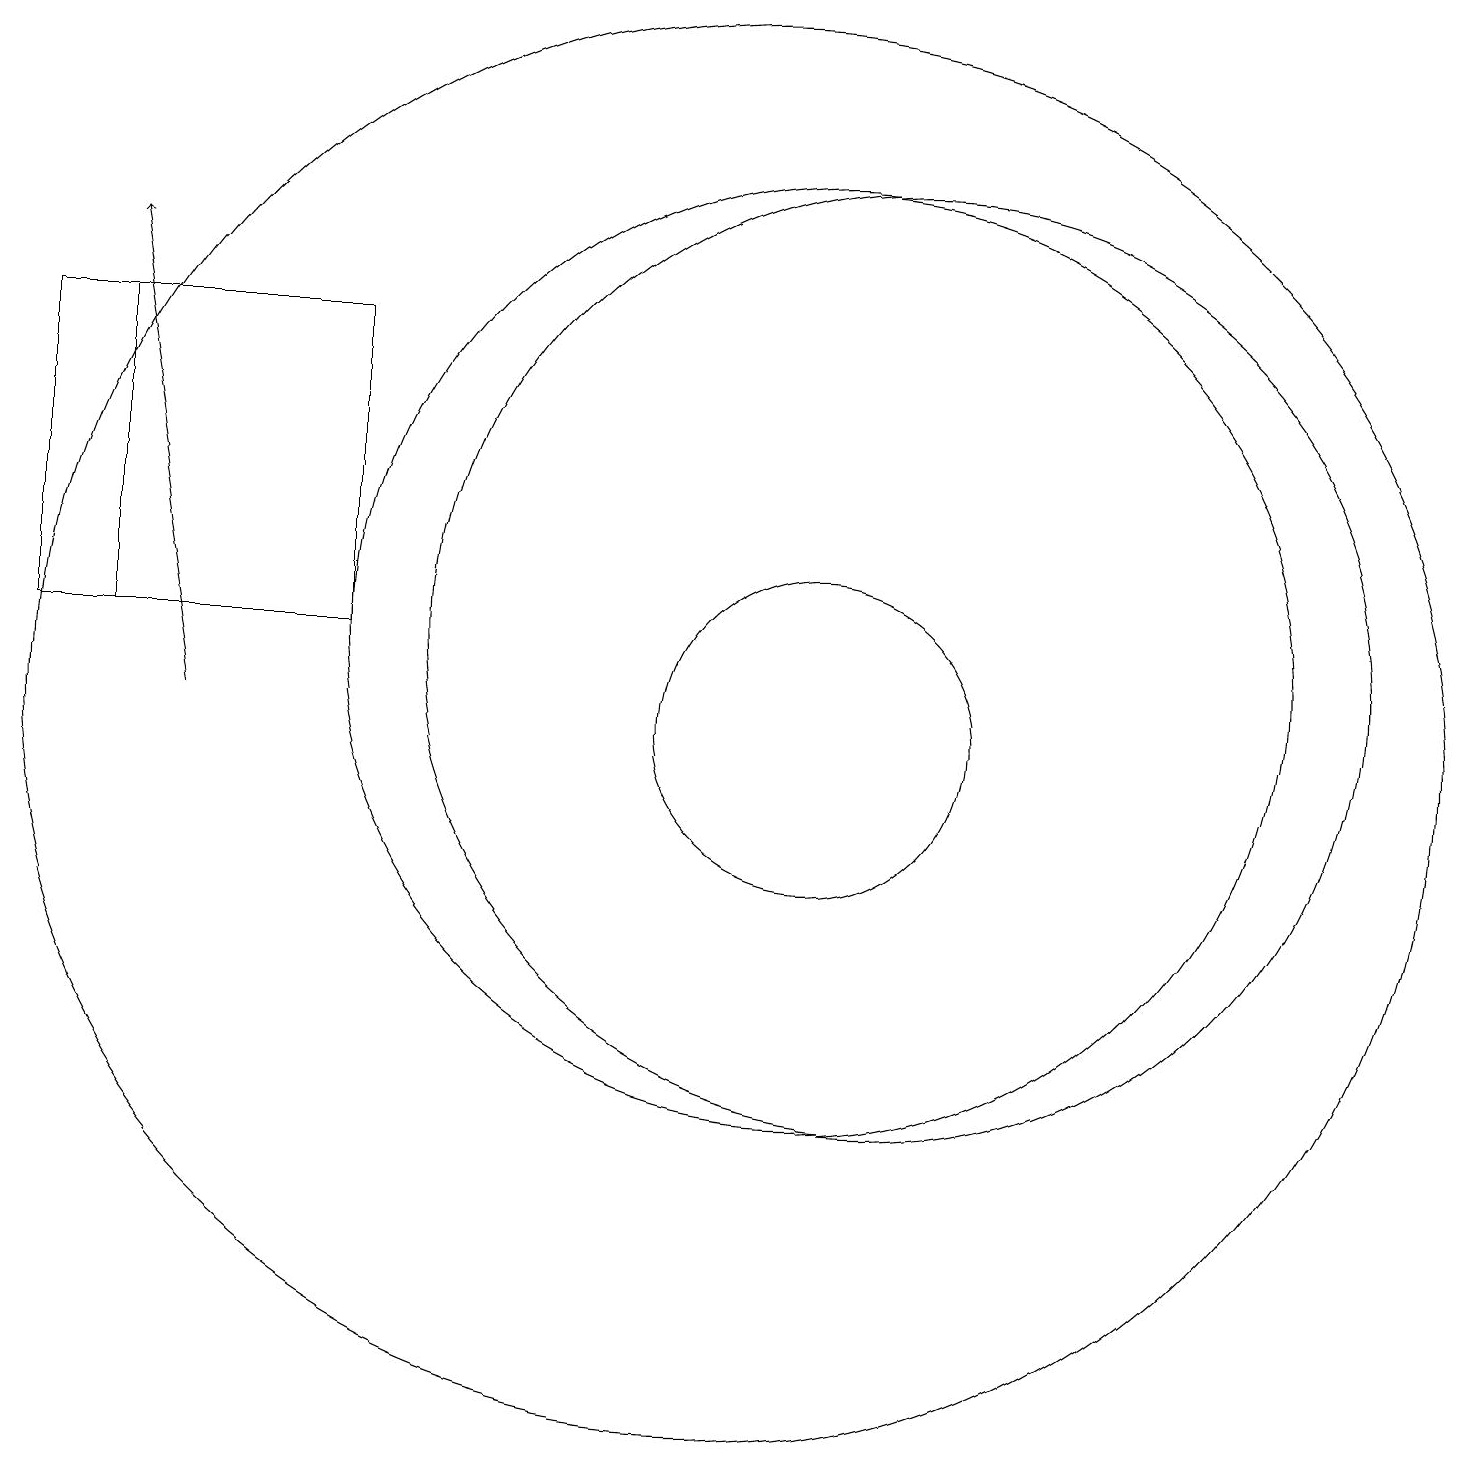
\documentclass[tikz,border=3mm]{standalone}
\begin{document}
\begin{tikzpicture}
\draw (10,10) circle (9);
\draw (12,11) circle (6);
\draw (2,15) rectangle (5,11);
\draw (11,10) circle (2);
\draw (5,15) rectangle (1,11);
\draw[->] (3,10) -- (2,16);
\draw (11,11) circle (6);
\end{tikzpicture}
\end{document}